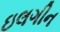
ઇલગીન